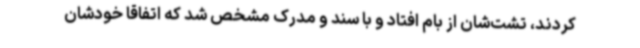
کردند، تشت‌شان از بام افتاد و با سند و مدرک مشخص شد که اتفاقاً خودشان